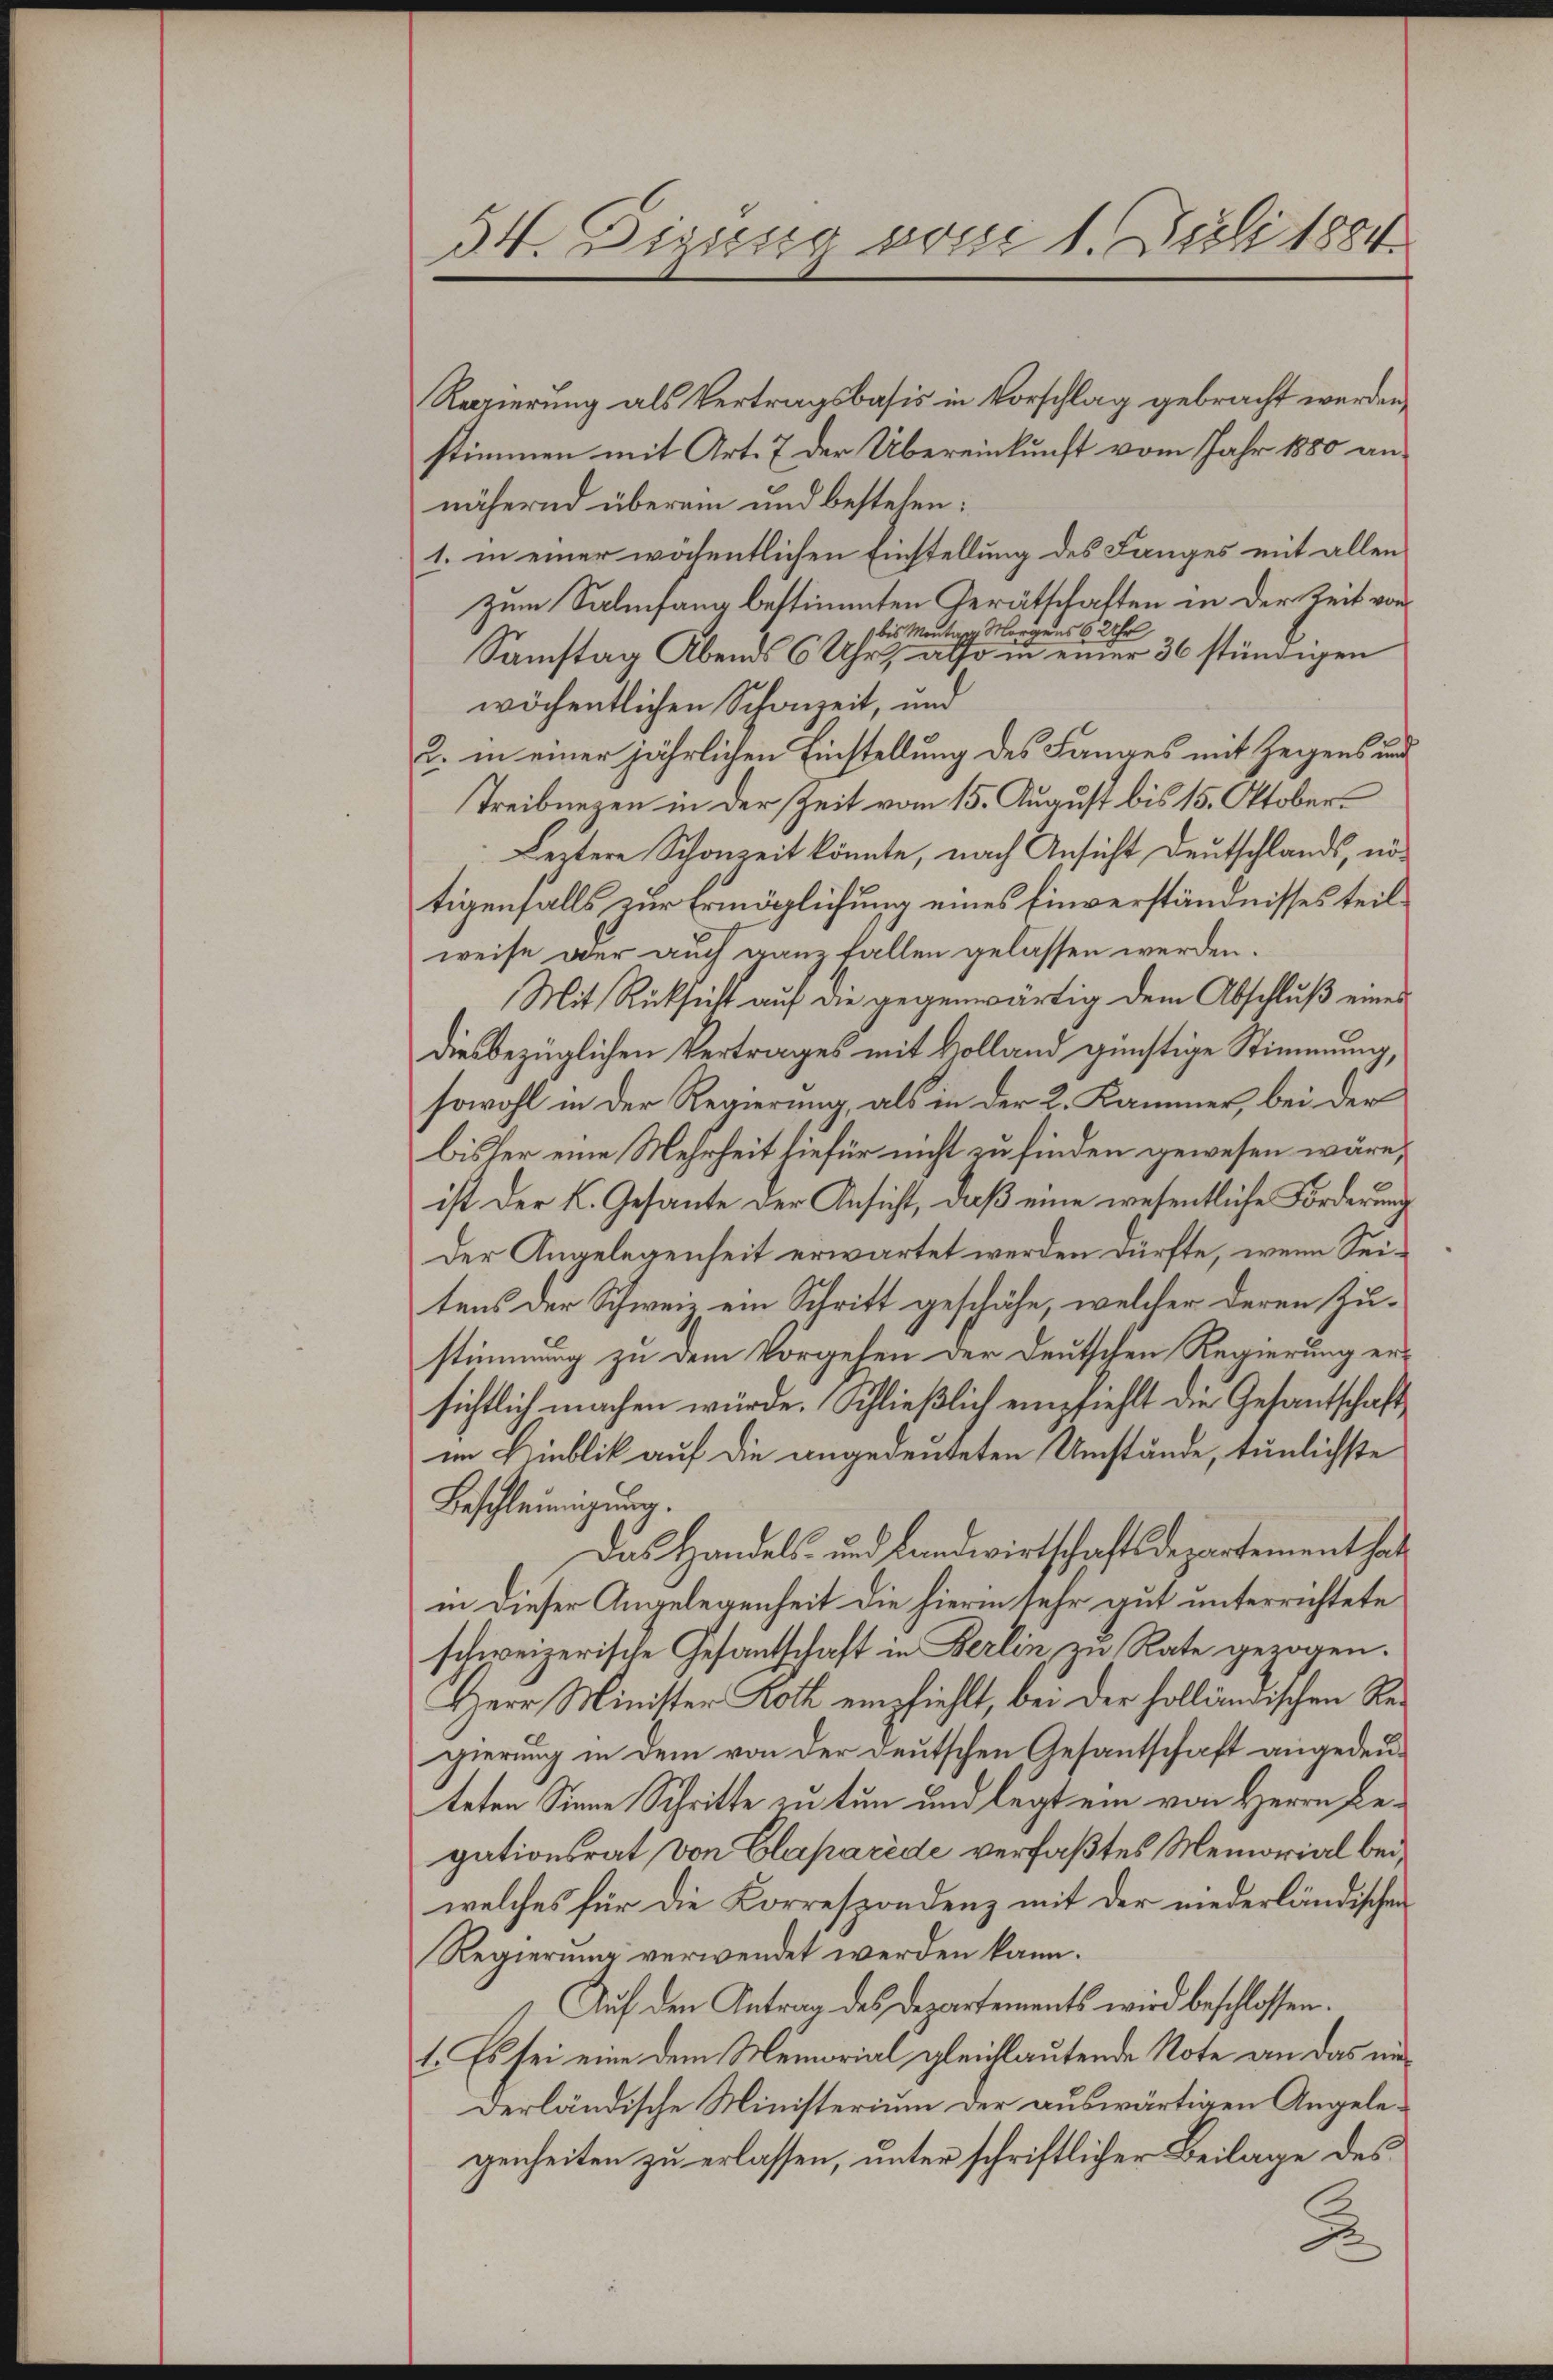
34. Diesens vom 1. Juli 1884

Regierung als Vertragsbasis in Vorschlag gebracht werden,
stimmen mit Art. 7 der Übereinkunft vom Jahr 1880 annähernd überein und bestehen:
1. in einer wöchentlichen Einstellung des Langes mit allen
zum Salinfang bestimmten Gerätschaften in der Zeit von
bis Montag Morgens 6 Uhr
Samstag Abends 6 Uhr also in einer 36 stündigen
wöchentlichen Schonzeit, und
2. in einer jährlichen Einstellung des Langes mit Zeggens und
Treiburgen in der Zeit vom 15. August bis 15. Oktober¬
Leztere Schonzeit könnte, nach Ansicht Deutschlands, nötigenfalls zur Ermöglichung eines Einverständnisses teilweise oder auch ganz fallen gelassen werden.
Mit Rücksicht auf die gegenwärtig dem Abschluß eines
diesbezüglichen Vertrages mit Volland günstige Stimmung,
sowohl in der Regierung, als in der 2. Kammer, bei der
bisher eine Mehrheit hiefür nicht zu finden gewesen wäre,
ist der K. Gesante der Ansicht, daß eine wesentliche Forderung
Der Angelegenheit erwartet werden dürfte, wenn Seitens der Schweiz ein Schritt geschähe, welcher deren Zustimmung zu dem Vorgeben der deutschen Regierung ersichtlich machen würde. Schließlich empfiehlt die Gesantschaftim Hinblik auf die angedeuteten Umstände, tunlichste
Beschleunigung.
Das Handels- und Landwirtschaftsdepartement habe
in dieser Angelegenheit die hierin sehr gut unterrichtete
schweizerische Gesantschaft in Berlin zu Rate gezogen.
Herr Minister Loth empfiehlt, bei der holländischen Regierung in dem von der deutschen Gesantschaft angedeuteten Sinne Schritte zu tun und legt ein von Herrn Regationsrat von Claparede verfaßtes Memorial beiwelches für die Korrespondenz mit der niederländischen
Regierung verwendet werden kann.
Auf den Antrag des Departements wird beschlossen.
1. Es sei eine dem Memorial gleichlautende Note an das underländische Ministerium der auswärtigen Angelegenheiten zu erlassen, unter schriftlicher Beilage des
2